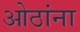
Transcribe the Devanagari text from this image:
ओठांना